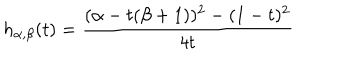
LaTeX: h _ { \alpha , \beta } ( t ) = \frac { ( \alpha - t ( \beta + 1 ) ) ^ { 2 } - ( 1 - t ) ^ { 2 } } { 4 t }